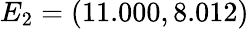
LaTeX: E_{2}=(11.000,8.012)